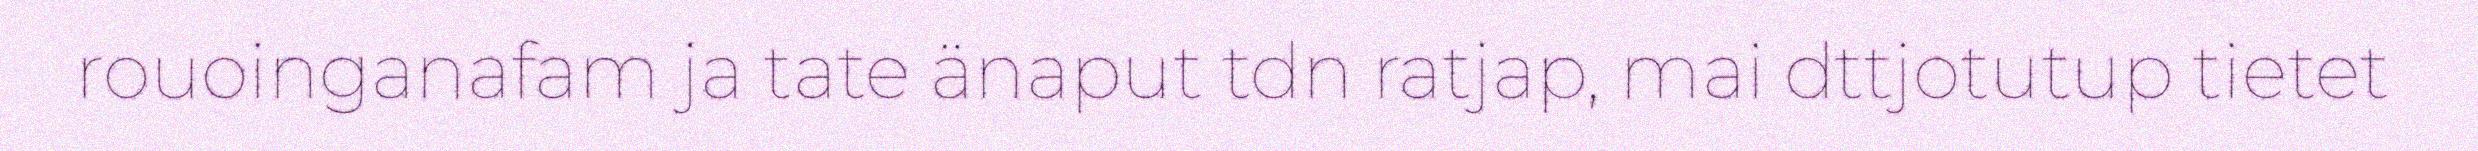
rouoinganafam ja tate änaput tdn ratjap, mai dttjotutup tietet